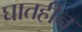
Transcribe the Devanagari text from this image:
घातहीन